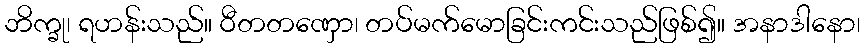
ဘိက္ခု၊ ရဟန်းသည်။ ဝီတတဏှော၊ တပ်မက်မောခြင်းကင်းသည်ဖြစ်၍။ အနာဒါနော၊